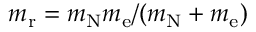
m _ { \mathrm { r } } = m _ { \mathrm { N } } m _ { \mathrm { e } } / ( m _ { \mathrm { N } } + m _ { \mathrm { e } } )